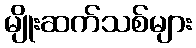
မျိုးဆက်သစ်များ